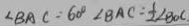
\angle B A C = 6 0 ^ { \circ } \angle B A C = \frac { 1 } { 2 } \angle B O C .